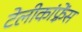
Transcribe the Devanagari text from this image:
टेलीकांफ़्रेंस